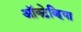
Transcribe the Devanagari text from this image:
ऑक्टेव्हिया